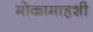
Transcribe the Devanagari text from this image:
मोकामाहशी